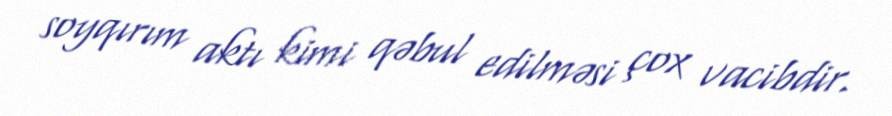
soyqırım aktı kimi qəbul edilməsi çox vacibdir.